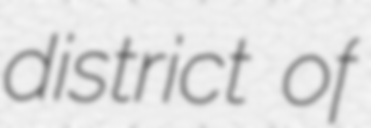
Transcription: district of